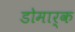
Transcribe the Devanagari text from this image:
डोमार्क